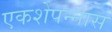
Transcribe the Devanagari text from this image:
एकशेपन्‍नास